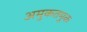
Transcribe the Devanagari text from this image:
अमुकतमुक